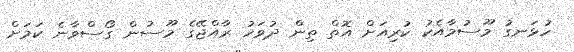
ހުޅަނގު މޫސުމާއެކު ކުރިއަށް އޮތް ތިން ދުވަހު ރާއްޖޭގެ މޫސުން ގޯސްވާނެ ކަމަށް